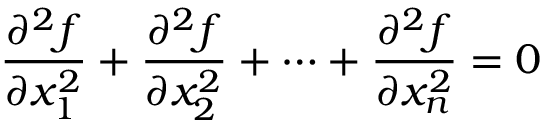
{ \frac { \partial ^ { 2 } f } { \partial x _ { 1 } ^ { 2 } } } + { \frac { \partial ^ { 2 } f } { \partial x _ { 2 } ^ { 2 } } } + \cdots + { \frac { \partial ^ { 2 } f } { \partial x _ { n } ^ { 2 } } } = 0